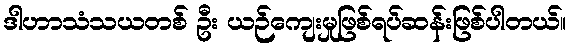
ဒါဟာသံသယတစ် ဦး ယဉ်ကျေးမှုဖြစ်ရပ်ဆန်းဖြစ်ပါတယ်။